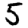
Digit: 5